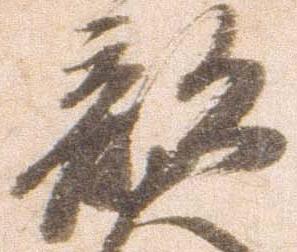
部